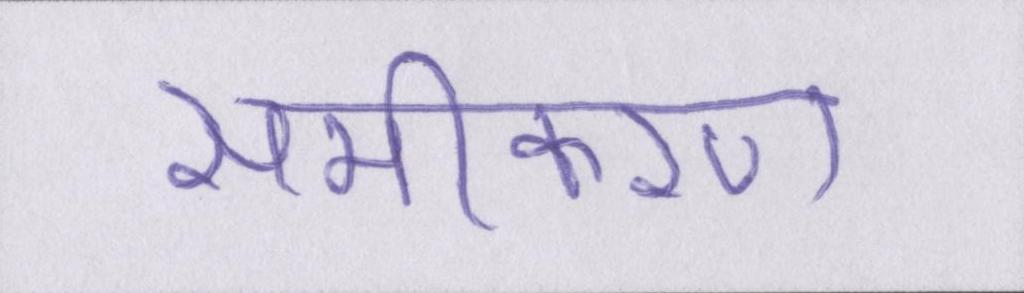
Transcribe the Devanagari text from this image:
समीकरण